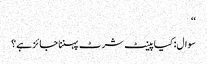
‘‘
سوال: کیا پینٹ شرٹ پہننا جائز ہے؟